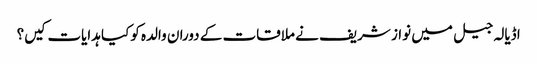
اڈیالہ جیل میں نواز شریف نے ملاقات کے دوران والدہ کوکیا ہدایات کیں؟